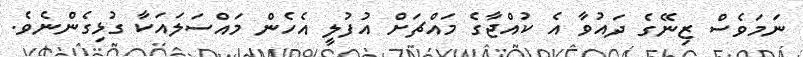
ނަމަވެސް ޒިނޭގެ ދައުވާ އެ ކުއްޖާގެ މައްޗަށް އުފުލީ އެހެން މައްސަލައަކާ ގުޅިގެންނެވެ.